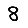
Digit: 8